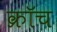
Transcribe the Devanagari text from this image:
क्रॉच